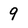
Character: 9